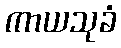
ကာယသုခံ